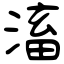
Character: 滀